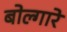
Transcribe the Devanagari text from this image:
बोल्गारे